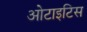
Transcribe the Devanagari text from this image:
ओटाइटिस